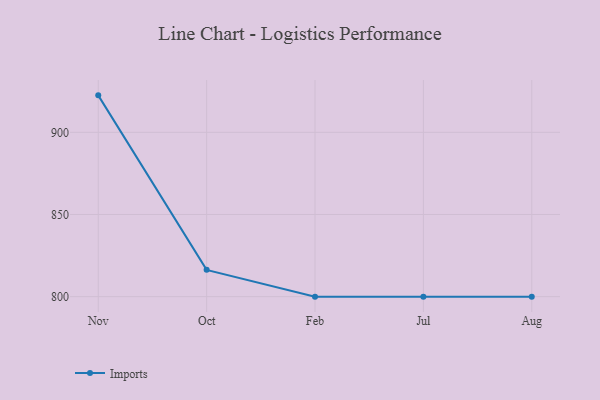
{"axis": {"x": "Month", "y": "Conversion Rate (%)"}, "legend": ["Imports"], "data": [{"x": "Nov", "y": 922.5, "type": "Imports"}, {"x": "Oct", "y": 816.3, "type": "Imports"}, {"x": "Feb", "y": 800, "type": "Imports"}, {"x": "Jul", "y": 800, "type": "Imports"}, {"x": "Aug", "y": 800, "type": "Imports"}]}